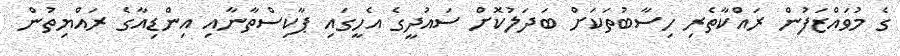
ގެ މުވައްޒަފުން ރައްކާތެރި ހިސާބުތަކަށް ބަދަލުކޮށް ސައުދީގެ އެހީގައި ޕާކިސްތާނާއި އިންޑިއާގެ ރައްޔިތުން